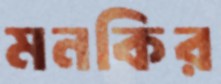
মনকির